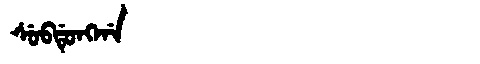
Manchu: ᠰᡠᠪᡩᡠᠩᡤᠠ
Romanization: SUBDUNGGA